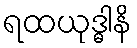
ရထယုဒ္ဓါနိ